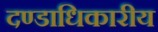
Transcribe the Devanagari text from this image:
दण्डाधिकारीय